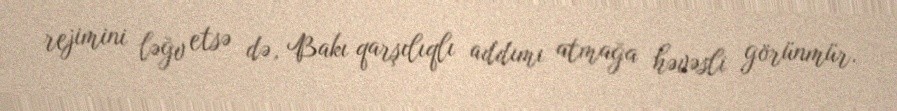
rejimini ləğv etsə də, Bakı qarşılıqlı addımı atmağa həvəsli görünmür.